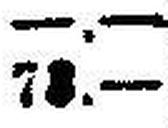
78.—